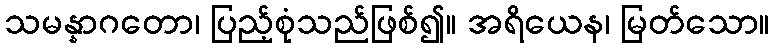
သမန္နာဂတော၊ ပြည့်စုံသည်ဖြစ်၍။ အရိယေန၊ မြတ်သော။